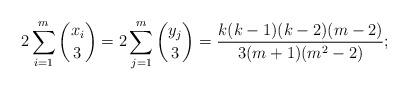
LaTeX: \begin{align*}2\sum_{i=1}^m \binom{x_i}{3}=2\sum_{j=1}^m \binom{y_j}{3}=\frac{k(k-1)(k-2)(m-2)}{3(m+1)(m^2-2)};\end{align*}